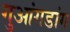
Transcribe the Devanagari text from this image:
गुआंगडांग